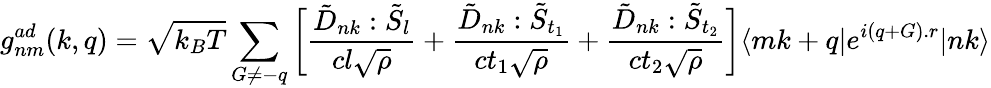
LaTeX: g_{nm}^{ad}(k,q)=\sqrt{k_{B}T}\sum_{G\neq-q}^{}\bigg[\frac{\tilde{D}_{nk}:\tilde{S}_{l}}{cl\sqrt{\rho}}+\frac{\tilde{D}_{nk}:\tilde{S}_{t_{1}}}{ct_{1}\sqrt{\rho}}+\frac{\tilde{D}_{nk}:\tilde{S}_{t_{2}}}{ct_{2}\sqrt{\rho}}\bigg]\langle mk+q|e^{i(q+G).r}|nk\rangle